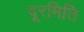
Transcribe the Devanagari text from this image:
दूरमिति